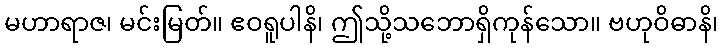
မဟာရာဇ၊ မင်းမြတ်။ ဧဝရူပါနိ၊ ဤသို့သဘောရှိကုန်သော။ ဗဟုဝိဓာနိ၊